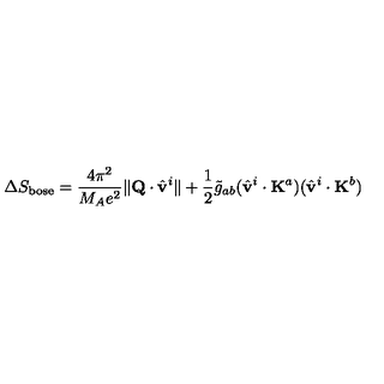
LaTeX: \Delta S _ { \mathrm { b o s e } } = \frac { 4 \pi ^ { 2 } } { M _ { A } e ^ { 2 } } \| { \bf Q } \cdot \hat { \bf v } ^ { i } \| + \frac { 1 } { 2 } \tilde { g } _ { a b } ( \hat { \bf v } ^ { i } \cdot { \bf K } ^ { a } ) ( \hat { \bf v } ^ { i } \cdot { \bf K } ^ { b } )